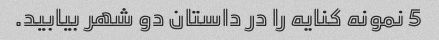
5 نمونه کنایه را در داستان دو شهر بیابید.